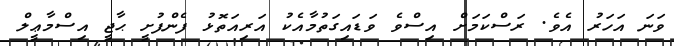
ވަނަ އަހަރު އެވެ. ރަސްކަމަށް އިސްވެ ވަޑައިގަތުމާއެކު އަރިއަތޮޅު ފެންފުށީ ޙާޖީ އިސްމާޢީލް